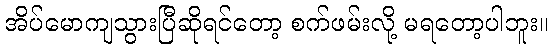
အိပ်မောကျသွားပြီဆိုရင်တော့ စက်ဖမ်းလို့ မရတော့ပါဘူး။